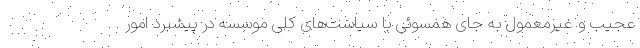
عجیب و غیرمعمول به جای همسوئی با سیاست‌های کلی موسسه در پیشبرد امور